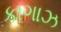
કાગાઝ